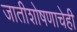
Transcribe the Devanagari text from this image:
जातीशोषणाचेही